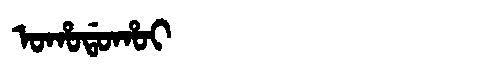
Manchu: ᠣᡥᠣᡩᠣᡥᠣᡳ
Romanization: OHODOHOI